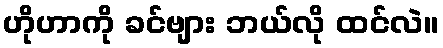
ဟိုဟာကို ခင်ဗျား ဘယ်လို ထင်လဲ။